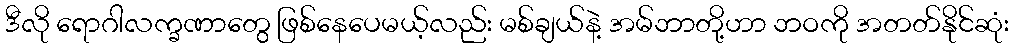
ဒီလို ရောဂါလက္ခဏာတွေ ဖြစ်နေပေမယ့်လည်း မစ်ချယ်နဲ့ အမ်ဘာတို့ဟာ ဘဝကို အတတ်နိုင်ဆုံး